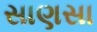
સાણસા